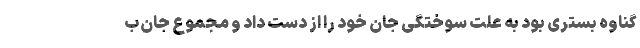
گناوه بستری بود به علت سوختگی جان خود را از دست داد و مجموع جان‌ب